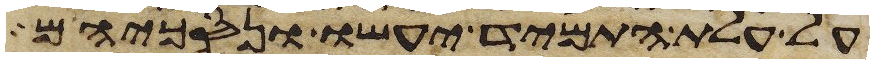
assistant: על עלת התמיד יעשו ונסכיהם